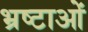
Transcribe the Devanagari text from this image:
भ्रष्टाओं